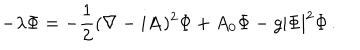
- \lambda \Phi = - { \frac { 1 } { 2 } } ( \nabla - i { \bf A } ) ^ { 2 } \Phi + A _ { 0 } \Phi - g | \Phi | ^ { 2 } \Phi \, .